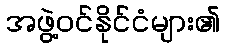
အဖွဲ့ဝင်နိုင်ငံများ၏